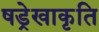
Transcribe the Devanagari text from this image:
षड्रेखाकृति